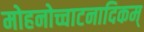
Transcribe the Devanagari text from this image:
मोहनोच्चाटनादिकम्